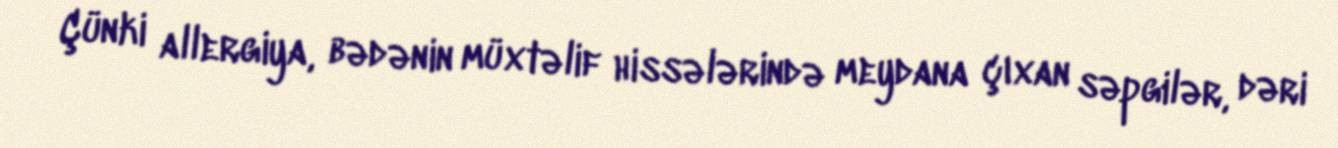
Çünki allergiya, bədənin müxtəlif hissələrində meydana çıxan səpgilər, dəri